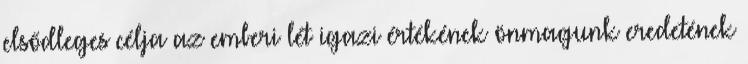
elsődleges célja az emberi lét igazi értékének önmagunk eredetének